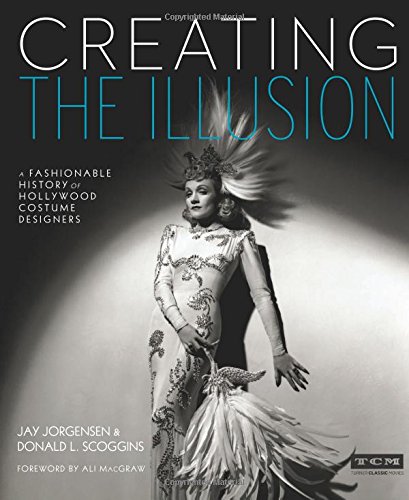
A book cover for Creating the Illusion (Turner Classic Movies): A Fashionable History of Hollywood Costume Designers; Jay Jorgensen; Humor & Entertainment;